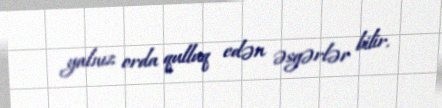
yalnız orda qulluq edən əsgərlər bilir.